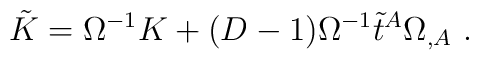
\tilde{K} = \Omega^{-1} K + (D-1)\Omega^{-1} \tilde{t}^A \Omega_{,A} \ .